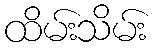
ထိမ်းသိမ်း